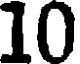
10